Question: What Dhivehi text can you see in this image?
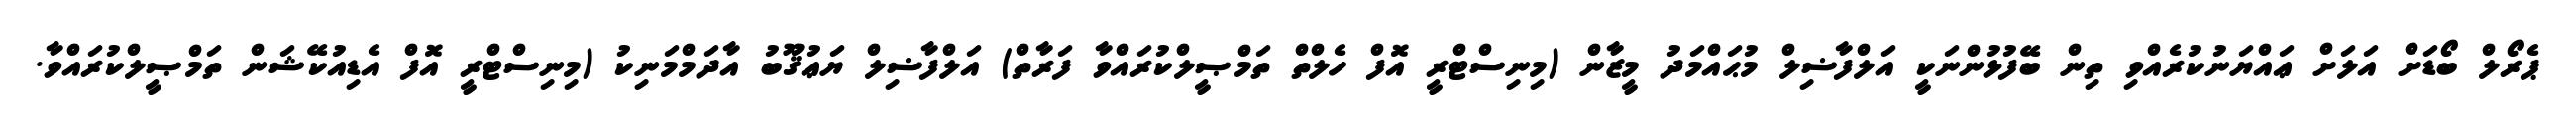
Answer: ޕެރޯލް ބޯޑަށް އަލަށް ޢައްޔަނުކުރެއްވި ތިން ބޭފުޅުންނަކީ އަލްފާޟިލް މުޙައްމަދު މީޒާން (މިނިސްޓްރީ އޮފް ހެލްތް ތަމްޞީލްކުރައްވާ ފަރާތް) އަލްފާޟިލް ޔަޢުޤޫބު އާދަމްމަނިކު (މިނިސްޓްރީ އޮފް އެޑިއުކޭޝަން ތަމްޞީލްކުރައްވާ.